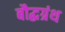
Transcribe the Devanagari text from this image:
बौद्धग्रंथ